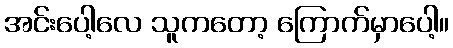
အင်းပေါ့လေ သူကတော့ ကြောက်မှာပေါ့။